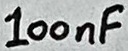
Text: 100nF